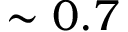
\sim 0 . 7